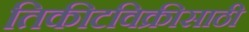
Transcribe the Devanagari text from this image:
तिकीटविक्रीसाठी